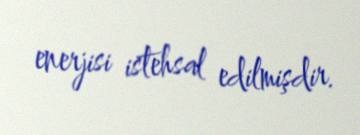
enerjisi istehsal edilmişdir.